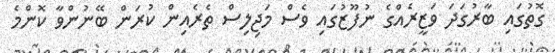
ގޮތުގައި ބާރުގަދަ ވަޒީރެއްގެ ނުފޫޒުގައި ވެސް މަޖިލިސް ތެރެއިން ކުރަން ބޭނުންވާ ކޮންމެ